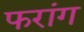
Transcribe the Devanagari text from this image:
फरांग